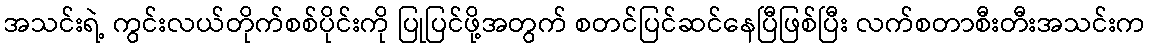
အသင်းရဲ့ ကွင်းလယ်တိုက်စစ်ပိုင်းကို ပြုပြင်ဖို့အတွက် စတင်ပြင်ဆင်နေပြီဖြစ်ပြီး လက်စတာစီးတီးအသင်းက